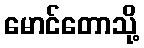
မောင်တောသို့